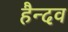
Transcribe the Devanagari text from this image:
हैन्दव